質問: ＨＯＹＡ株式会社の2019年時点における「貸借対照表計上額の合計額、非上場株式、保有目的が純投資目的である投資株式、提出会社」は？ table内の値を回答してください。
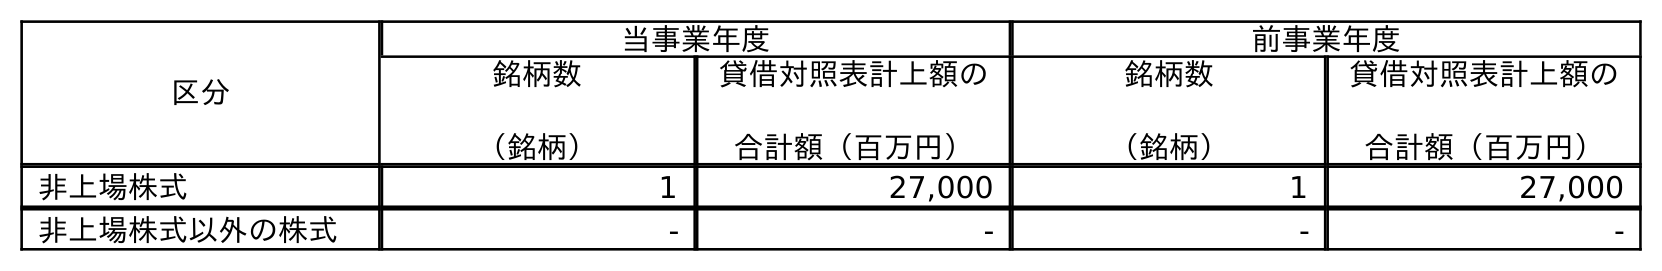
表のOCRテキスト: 区分 当事業年度 前事業年度 銘柄数 （銘柄） 貸借対照表計上額の 合計額（百万円） 銘柄数 （銘柄） 貸借対照表計上額の 合計額（百万円） 非上場株式 1 27,000 1 27,000 非上場株式以外の株式 - - - -
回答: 27,000